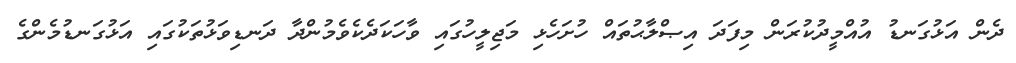
ދެން އަޅުގަނޑު އުއްމީދުކުރަން މިފަދަ އިޞްލާޙުތައް ހުށަހެޅި މަޖިލީހުގައި ވާހަކަދެކެވެމުންދާ ދަނޑިވަޅުތަކުގައި އަޅުގަނޑުމެންގެ